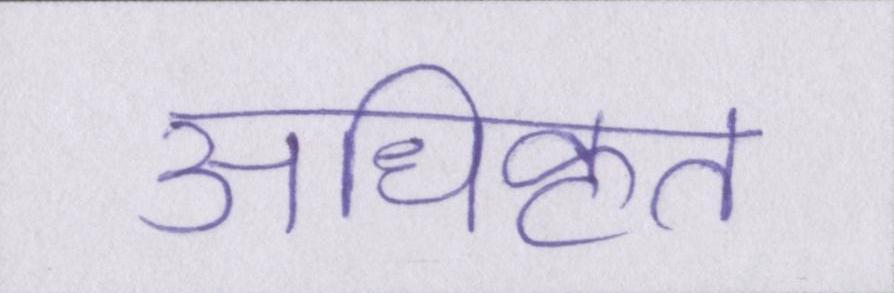
अधिकृत